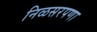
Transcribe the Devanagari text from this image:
निळसरपणा